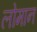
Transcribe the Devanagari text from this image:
लोमान